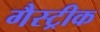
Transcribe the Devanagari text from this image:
गैस्ट्रीक